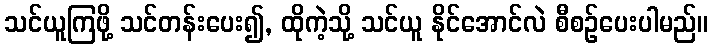
သင်ယူကြဖို့ သင်တန်းပေး၍, ထိုကဲ့သို့ သင်ယူ နိုင်အောင်လဲ စီစဉ်ပေးပါမည်။